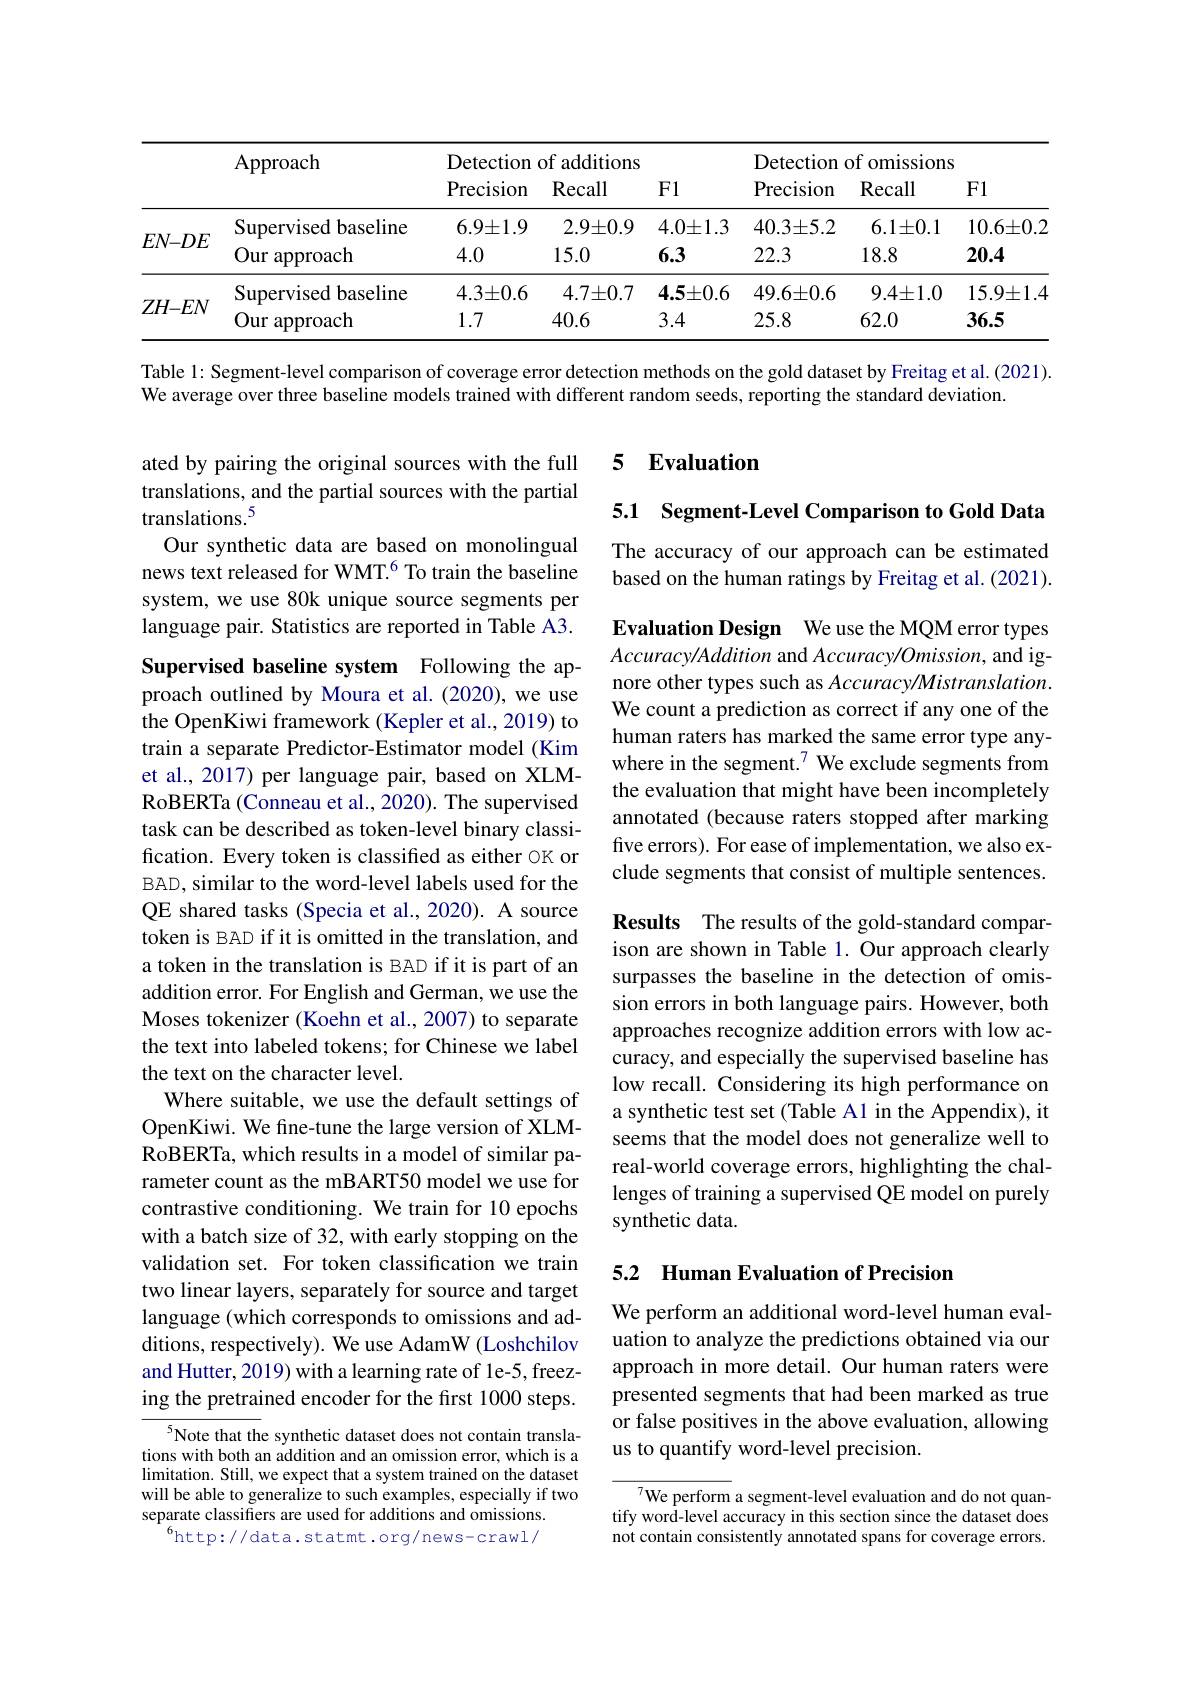
<table>
	<tbody>
		<tr>
			<th> </th>
			<th rowspan="2">Approach</th>
			<th colspan="3">Detection of additions</th>
			<th colspan="3">Detection of omissions</th>
		</tr>
		<tr>
			<th> </th>
			<th>Precision</th>
			<th>Recall</th>
			<th>F1</th>
			<th>Precision</th>
			<th>Recall</th>
			<th>F1</th>
		</tr>
		<tr>
			<td rowspan="2">$EN-DE$</td>
			<td>Supervised baseline</td>
			<td>$6.9\pm1.9$</td>
			<td>$2.9\pm0.9$</td>
			<td>$4.0\pm1.3$</td>
			<td>$40.3\pm5.2$</td>
			<td>$6.1\pm0.1$</td>
			<td>$10.6\pm0.2$</td>
		</tr>
		<tr>
			<td>Our approach</td>
			<td>4.0</td>
			<td>15.0</td>
			<td>6.3</td>
			<td>22.3</td>
			<td>18.8</td>
			<td>20.4</td>
		</tr>
		<tr>
			<td rowspan="3">$ZH-EN$</td>
			<td>Supervised baseline</td>
			<td>$4.3\pm0.6$</td>
			<td>$4.7\pm0.7$</td>
			<td>$4.5\pm0.6$</td>
			<td>$49.6\pm0.6$</td>
			<td>$9.4\pm1.0$</td>
			<td>$15.9\pm1.4$</td>
		</tr>
		<tr>
			<td>Supervised baseline Our approach</td>
			<td>$4.3\pm0.6$ 1.7</td>
			<td>$4.7\pm0.7$ 40.6</td>
			<td>$4.5\pm0.6$ 3.4</td>
			<td>$49.6\pm0.6$ 25.8</td>
			<td>$9.4\pm1.0$ 62.0</td>
			<td>$15.9\pm1.4$ 36.5</td>
		</tr>
		<tr>
			<td>Oura approach</td>
			<td>1.7</td>
			<td>40.6</td>
			<td>3.4</td>
			<td>25.8</td>
			<td>62.0</td>
			<td>36.5</td>
		</tr>
	</tbody>
</table>

Table 1: Segment-level comparison of coverage error detection methods on the gold dataset by Freitag et al. (2021).

We average over three baseline models trained with different random seeds, reporting the standard deviation.

## 5 $\textbf{Evaluation}$

5.1 Segment-Level Comparison to Gold Data

ated by pairing the original sources with the full translations, and the partial sources with the partial translations.$^{5}$
Our synthetic data are based on monolingual news text released for WMT.$^{6}$ To train the baseline system, we use 80k unique source segments per language pair. Statistics are reported in Table A3.

The accuracy of our approach can be estimated based on the human ratings by Freitag et al. (2021).

Evaluation Design We use the MQM error types $Accuracy/Addition$ and Accuracy/Omission, and ignore other types such as Accuracy/Mistranslation. We count a prediction as correct if any one of the human raters has marked the same error type anywhere in the segment.$^{7}$ We exclude segments from the evaluation that might have been incompletely annotated (because raters stopped after marking five errors). For ease of implementation, we also exclude segments that consist of multiple sentences.

Supervised baseline system Following the approach outlined by Moura et al.(2020), we use the OpenKiwi framework (Kepler et al., 2019) to train a separate Predictor-Estimator model (Kim et al., 2017) per language pair, based on XLMRoBERTa (Conneau et al., 2020). The supervised task can be described as token-level binary classification. Every token is classified as either $\circ$K or BAD, similar to the word-level labels used for the QE shared tasks (Specia et al.,2020). A source token is BAD if it is omitted in the translation, and a token in the translation is BAD if it is part of an addition error. For English and German, we use the Moses tokenizer (Koehn et al., 2007) to separate the text into labeled tokens; for Chinese we label the text on the character level.
Where suitable, we use the default settings of OpenKiwi. We fine-tune the large version of XLMRoBERTa, which results in a model of similar parameter count as the mBART50 model we use for contrastive conditioning. We train for 10 epochs with a batch size of 32, with early stopping on the validation set. For token classification we train two linear layers, separately for source and target language (which corresponds to omissions and additions, respectively). We use AdamW (Loshchilov and Hutter, 2019) with a learning rate of 1e-5, freezing the pretrained encoder for the first 1000 steps.
$^{5}$Note that the synthetic dataset does not contain translations with both an addition and an omission error, which is a

Results The results of the gold-standard comparison are shown in Table 1. Our approach clearly surpasses the baseline in the detection of omission errors in both language pairs. However, both approaches recognize addition errors with low accuracy, and especially the supervised baseline has low recall. Considering its high performance on a synthetic test set (Table A1 in the Appendix), it seems that the model does not generalize well to real-world coverage errors, highlighting the challenges of training a supervised QE model on purely synthetic data.

## 5.2 Human Evaluation of Precision

We perform an additional word-level human evaluation to analyze the predictions obtained via our approach in more detail. Our human raters were presented segments that had been marked as true or false positives in the above evaluation, allowing us to quantify word-level precision.

limitation. Still, we expect that a system trained on the dataset will be able to generalize to such examples, especially if two separate classifiers are used for additions and omissions.
$^{6}$http://data.statmt.org/news-crawl/

${\sqrt{7}\text{We perform }}$ a segment-level evaluation and do not quantify word-level accuracy in this section since the dataset does not contain consistently annotated spans for coverage errors.